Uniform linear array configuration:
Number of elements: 48
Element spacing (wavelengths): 0.75
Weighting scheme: hann
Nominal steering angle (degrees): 15
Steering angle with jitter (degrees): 14.033
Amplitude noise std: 0.05
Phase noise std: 0.05

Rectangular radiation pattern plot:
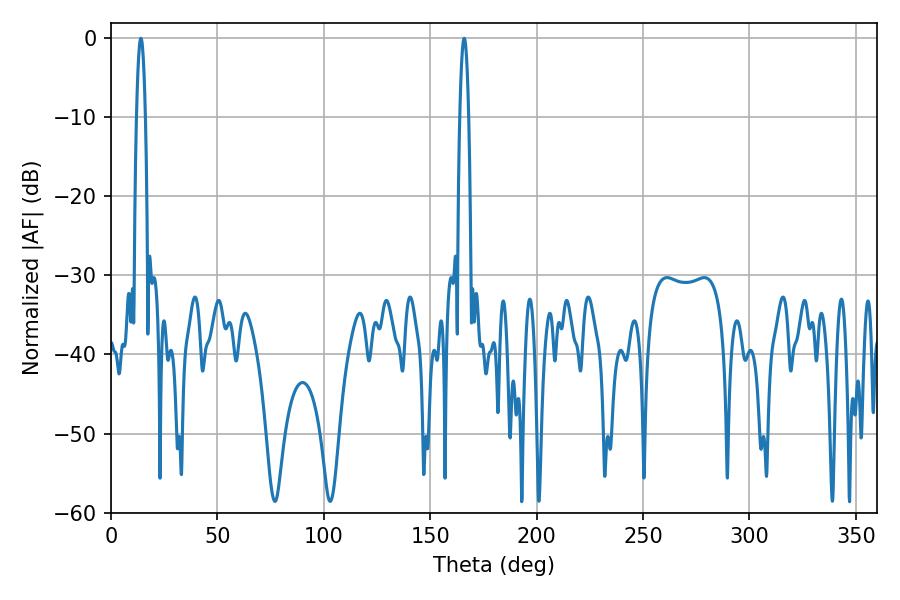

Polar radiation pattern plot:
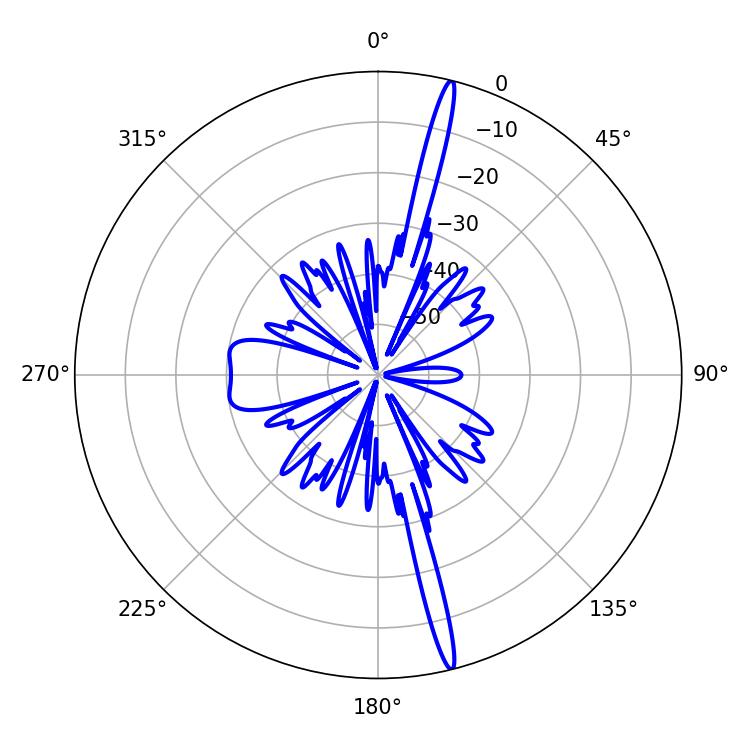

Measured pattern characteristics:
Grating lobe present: TRUE
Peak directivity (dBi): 19.799
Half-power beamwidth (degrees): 2.16
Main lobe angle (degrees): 14.04